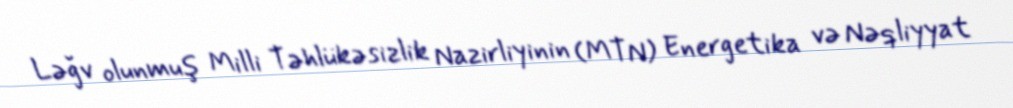
Ləğv olunmuş Milli Təhlükəsizlik Nazirliyinin (MTN) Energetika və Nəqliyyat